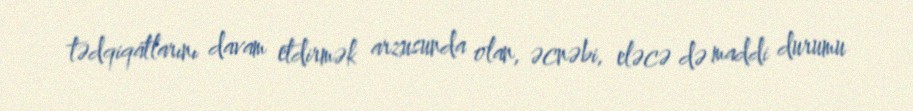
tədqiqatlarını davam etdirmək arzusunda olan, əcnəbi, eləcə də maddi durumu